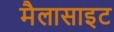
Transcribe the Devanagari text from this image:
मैलासाइट